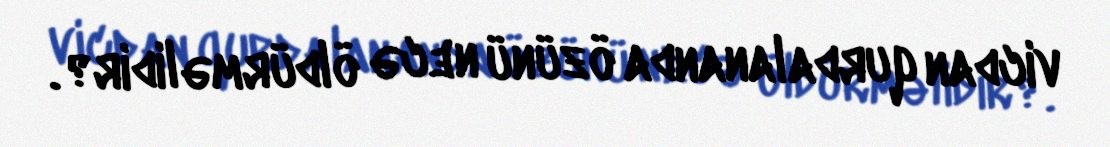
vicdan qurdalananda özünü necə öldürməlidir?.